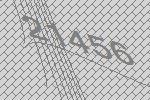
21456